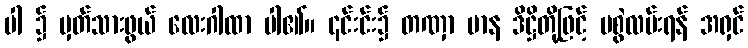
ပါ ၌ မှတ်သားဖွယ် လေးဂါထာ ပါ၏။ ၎င်းင်း၌ တဏှာ မာန ဒိဋ္ဌိတို့ဖြင့် မစွဲလမ်းရန် အရှင်